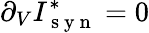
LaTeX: \partial_{V}I_{\mathrm{~s~y~n~}}^{*}=0